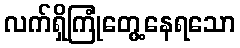
လက်ရှိကြုံတွေ့နေရသော